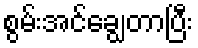
စွမ်းအင်ချွေတာပြီး